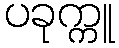
ပခုက္ကူ